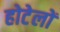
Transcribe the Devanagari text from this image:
होटेलों